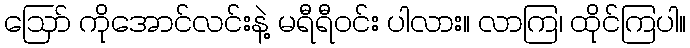
ဪ ကိုအောင်လင်းနဲ့ မရီရီဝင်း ပါလား။ လာကြ၊ ထိုင်ကြပါ။